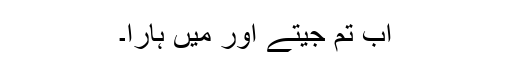
اب تم جیتے اور میں ہارا۔